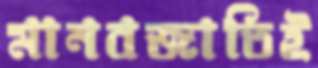
মানবজাতিই